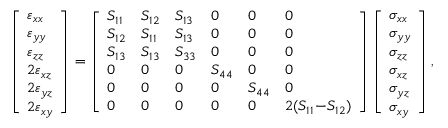
\left[ \begin{array} { l } { \varepsilon _ { x x } } \\ { \varepsilon _ { y y } } \\ { \varepsilon _ { z z } } \\ { 2 \varepsilon _ { x z } } \\ { 2 \varepsilon _ { y z } } \\ { 2 \varepsilon _ { x y } } \end{array} \right] = \left[ \begin{array} { l l l l l l } { S _ { 1 1 } } & { S _ { 1 2 } } & { S _ { 1 3 } } & { 0 } & { 0 } & { 0 } \\ { S _ { 1 2 } } & { S _ { 1 1 } } & { S _ { 1 3 } } & { 0 } & { 0 } & { 0 } \\ { S _ { 1 3 } } & { S _ { 1 3 } } & { S _ { 3 3 } } & { 0 } & { 0 } & { 0 } \\ { 0 } & { 0 } & { 0 } & { S _ { 4 4 } } & { 0 } & { 0 } \\ { 0 } & { 0 } & { 0 } & { 0 } & { S _ { 4 4 } } & { 0 } \\ { 0 } & { 0 } & { 0 } & { 0 } & { 0 } & { 2 ( S _ { 1 1 } \! - \! S _ { 1 2 } ) } \end{array} \right] \left[ \begin{array} { l } { \sigma _ { x x } } \\ { \sigma _ { y y } } \\ { \sigma _ { z z } } \\ { \sigma _ { x z } } \\ { \sigma _ { y z } } \\ { \sigma _ { x y } } \end{array} \right] ,